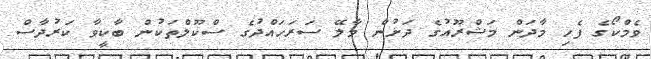
ވެމްކޯގެ ފެހި މާދަން މަޝްރޫއުގެ ދަށުން މާލޭ ސަރަހައްދުގެ ސްކޫލްތަކުން ބާކީވާ ކަރުދާސް